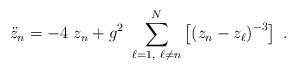
LaTeX: \begin{align*}\ddot{z}_{n}=-4~z_{n}+g^{2}~\sum_{\ell =1,~\ell \neq n}^{N}\left[ \left(z_{n}-z_{\ell }\right) ^{-3}\right] ~. \end{align*}